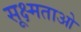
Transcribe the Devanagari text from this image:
सूक्ष्मताओ